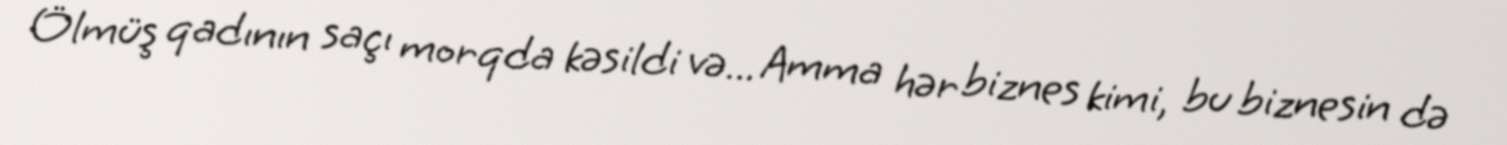
Ölmüş qadının saçı morqda kəsildi və... Amma hər biznes kimi, bu biznesin də